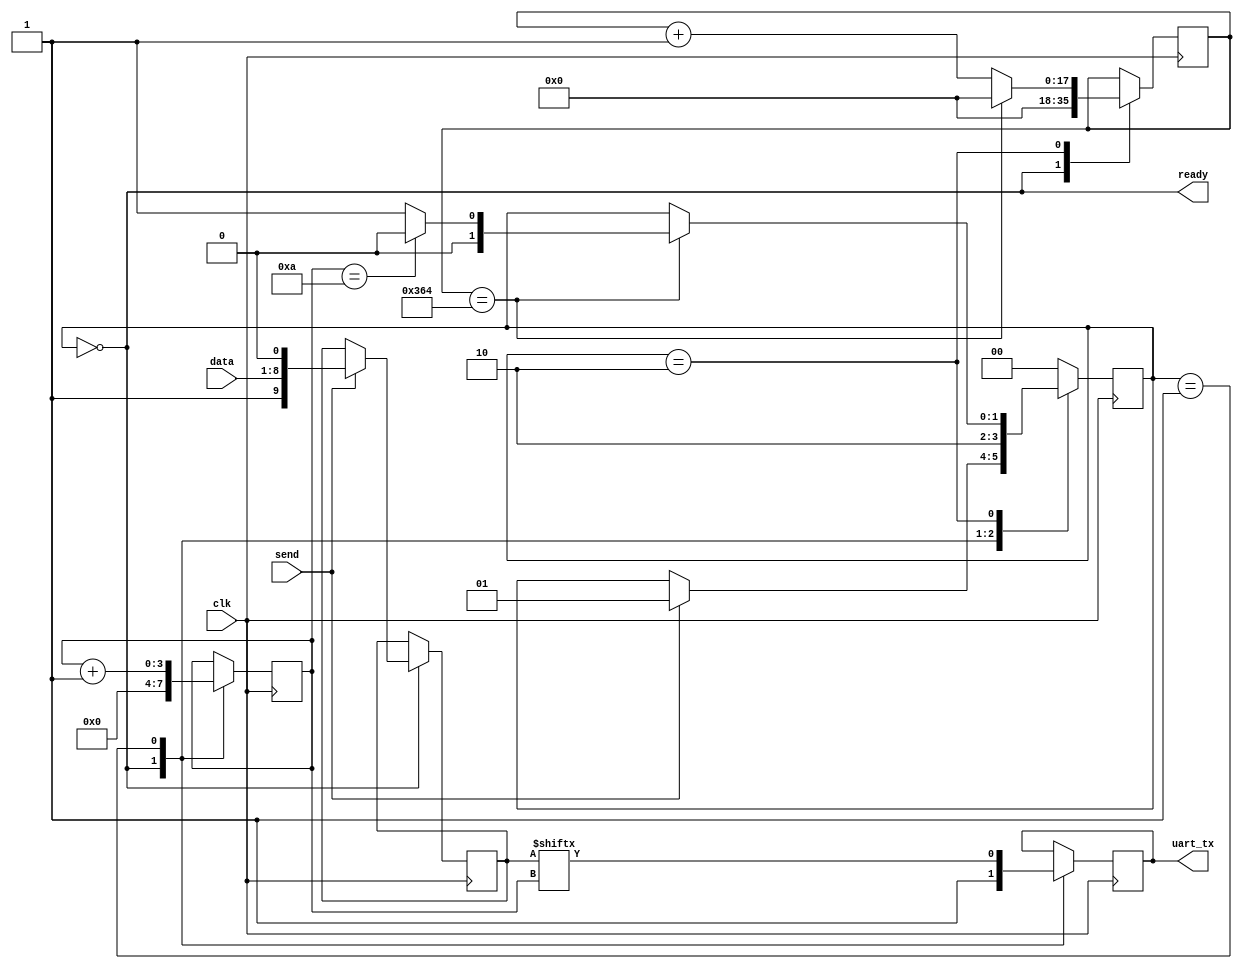
`timescale 1ns / 1ps
//////////////////////////////////////////////////////////////////////////////////
// Company: 
// Engineer: 
// 
// Design Name: 
// Module Name: uart_tx_ctrl
// Project Name: 
// Target Devices: 
// Tool Versions: 
// Description: 
// 
// Dependencies: 
// 
// Revision:
// Revision 0.01 - File Created
// Additional Comments:
// 
//////////////////////////////////////////////////////////////////////////////////


module uart_tx_ctrl#(
    parameter BAUD = 115200,
    parameter CLOCK_SPEED = 100_000_000,
    parameter CNTR_WIDTH = 18
)(
    input clk,
    input send,
    input [7:0] data,
    output ready,
    output uart_tx
);
    
    localparam BIT_INDEX_MAX = 10;
    localparam [CNTR_WIDTH-1:0] BAUD_TIMER = CLOCK_SPEED/BAUD;
    localparam RDY = 2'o0, LOAD_BIT = 2'o1, SEND_BIT = 2'o2;
    
    reg [1:0]  state = RDY;
    reg [CNTR_WIDTH-1:0] timer = 0;
    reg [9:0]  tx_data;
    reg [3:0]  bit_index;
    reg        tx_bit = 1'b1;
    
    always @ (posedge clk)
    begin
        case (state)
        RDY:
            begin
                if (send)
                begin
                    tx_data <= {1'b1,data,1'b0};    // Data is reversed: {stop,data,start}
                    state <= LOAD_BIT;
                end
                timer <= 0;
                bit_index <= 0;
                tx_bit <= 1'b1;
            end
        
        LOAD_BIT:
            begin
                state <= SEND_BIT;
                tx_bit <= tx_data[bit_index];
                bit_index <= bit_index + 1'b1;
            end
        
        SEND_BIT:
            if (timer == BAUD_TIMER)
            begin
                timer <= 0;
                if (bit_index == BIT_INDEX_MAX)
                    state <= RDY;
                else
                    state <= LOAD_BIT;
            end
            else
                timer <= timer + 1'b1;
        
        default:
            state <= RDY;
            
        endcase
    end
    
    assign uart_tx = tx_bit;
    assign ready = (state == RDY);
    
endmodule